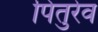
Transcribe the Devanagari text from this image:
पितुरेव